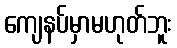
ကျေနပ်မှာမဟုတ်ဘူး